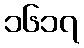
၁၆၁၇